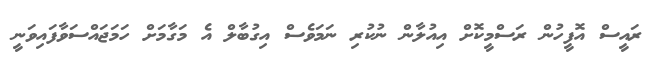
ރައީސް އޮފީހުން ރަސްމީކޮށް އިއުލާން ނުކުރި ނަމަވެސް އިގުބާލް އެ މަގާމަށް ހަމަޖައްސަވާފައިވަނީ